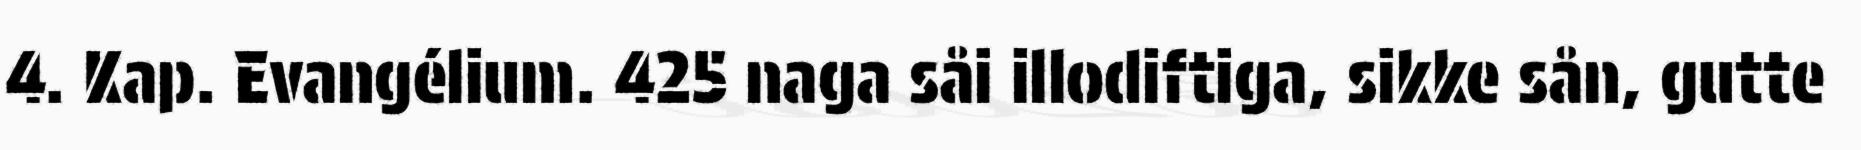
4. Kap. Evangélium. 425 naga såi illodiftiga, sikke sån, gutte